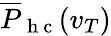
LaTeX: \overline{{P}}_{\mathrm{~h~c~}}(v_{T})